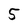
Character: 5